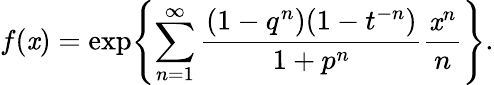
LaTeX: f(\mathit{x})=\exp\Biggl\{ \sum_{n=1}^{\infty}{\frac{{(1-q^{n})(1-t^{-n})}}{{1+p^{n}}}}{\frac{{\mathit{x}^{n}}}{{n}}}\Biggr\} .